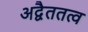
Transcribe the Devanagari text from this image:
अद्वैततत्व